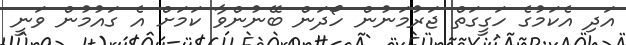
އަދި އެކަމުގެ ހަގީގަތް ޖަރުމަނުން ހޯދަން ބޭނުންވާ ކަމަށް އެ ގައުމުން ވަނީ